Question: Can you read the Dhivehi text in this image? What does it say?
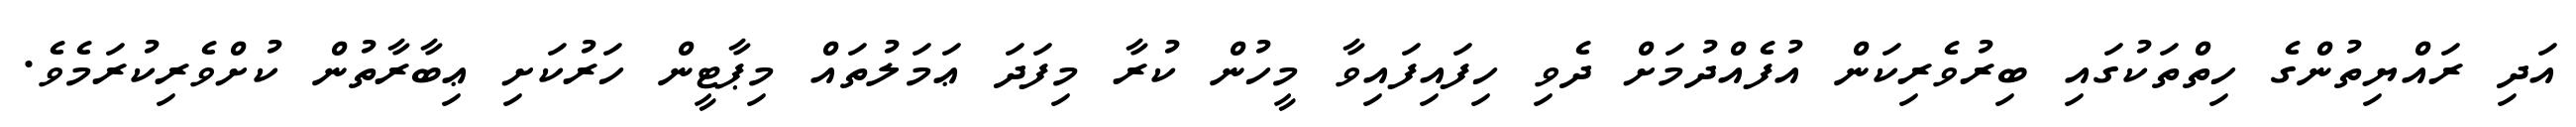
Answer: އަދި ރައްޔިތުންގެ ހިތްތަކުގައި ބިރުވެރިކަން އުފެއްދުމަށް ދެވި ހިފައިފައިވާ މީހުން ކުރާ މިފަދަ ޢަމަލުތައް މިޕާޓީން ހަރުކަށި ޢިބާރާތުން ކުށްވެރިކުރަމެވެ.